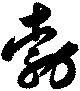
勃